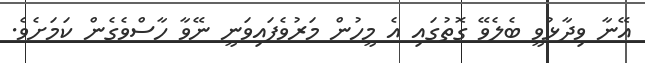
އޭނާ ވިދާޅުވީ ބެލެވޭ ގޮތުގައި އެ މީހުން މަރުވެފައިވަނީ ނޭވާ ހާސްވެގެން ކަމަށެވެ.